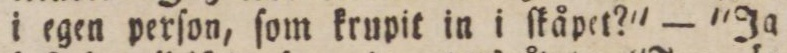
i egen perſon, ſom krupit in i ſkåpet?' — 'Ja